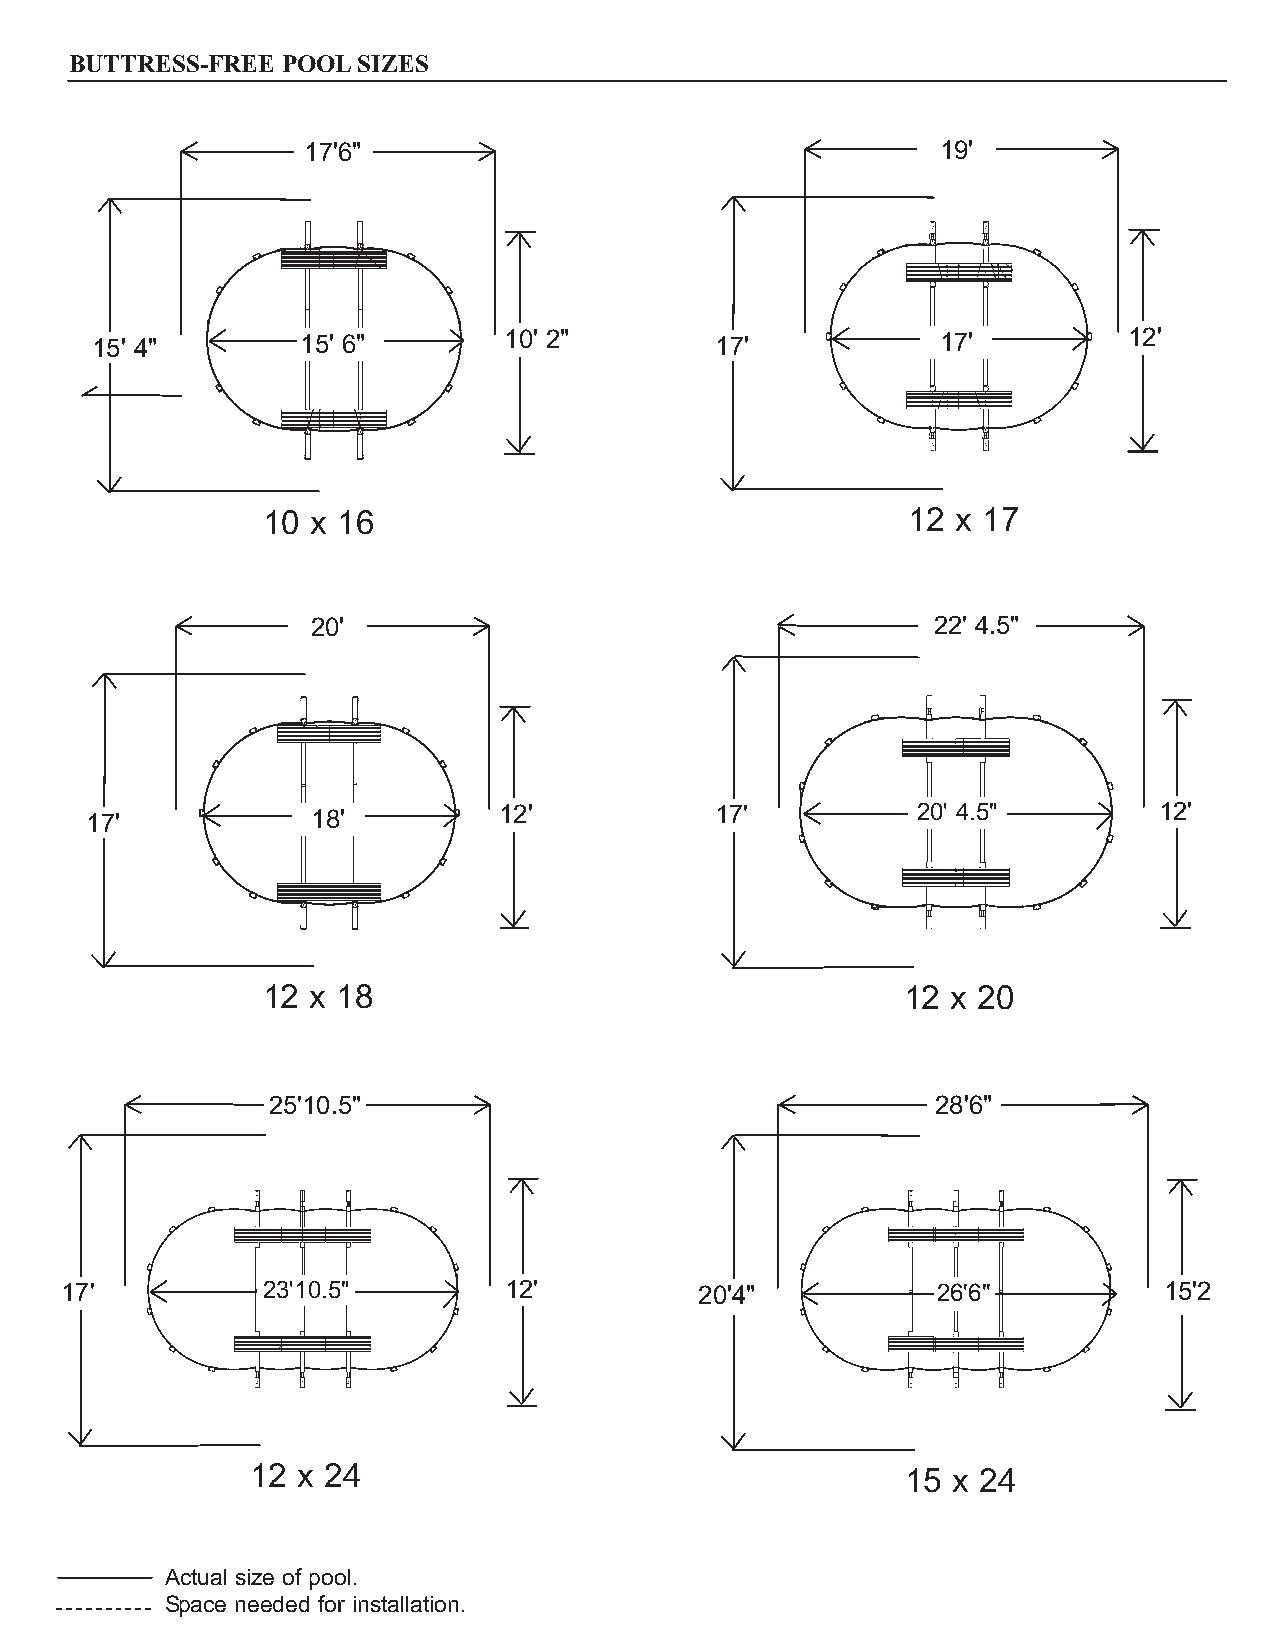
BUTTRESS-FREE POOLSIZES
 17'6"                                     19'
 15' 4"        15' 6"       10' 2"        17'            17'          12'
 10  x 16                                   12 x 17
 20'                                      22' 4.5"
 17'            18'         12'           17'           20' 4.5"        12'
 12  x 18                                   12 x 20
 25'10.5"                                    28'6"
 17'          23'10.5"        12'          20'4"           26'6"          15'2
 12 x 24                                    15 x 24
 Actual size of pool.
 Space needed for installation.